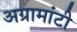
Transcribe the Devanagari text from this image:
अग्रामांटी